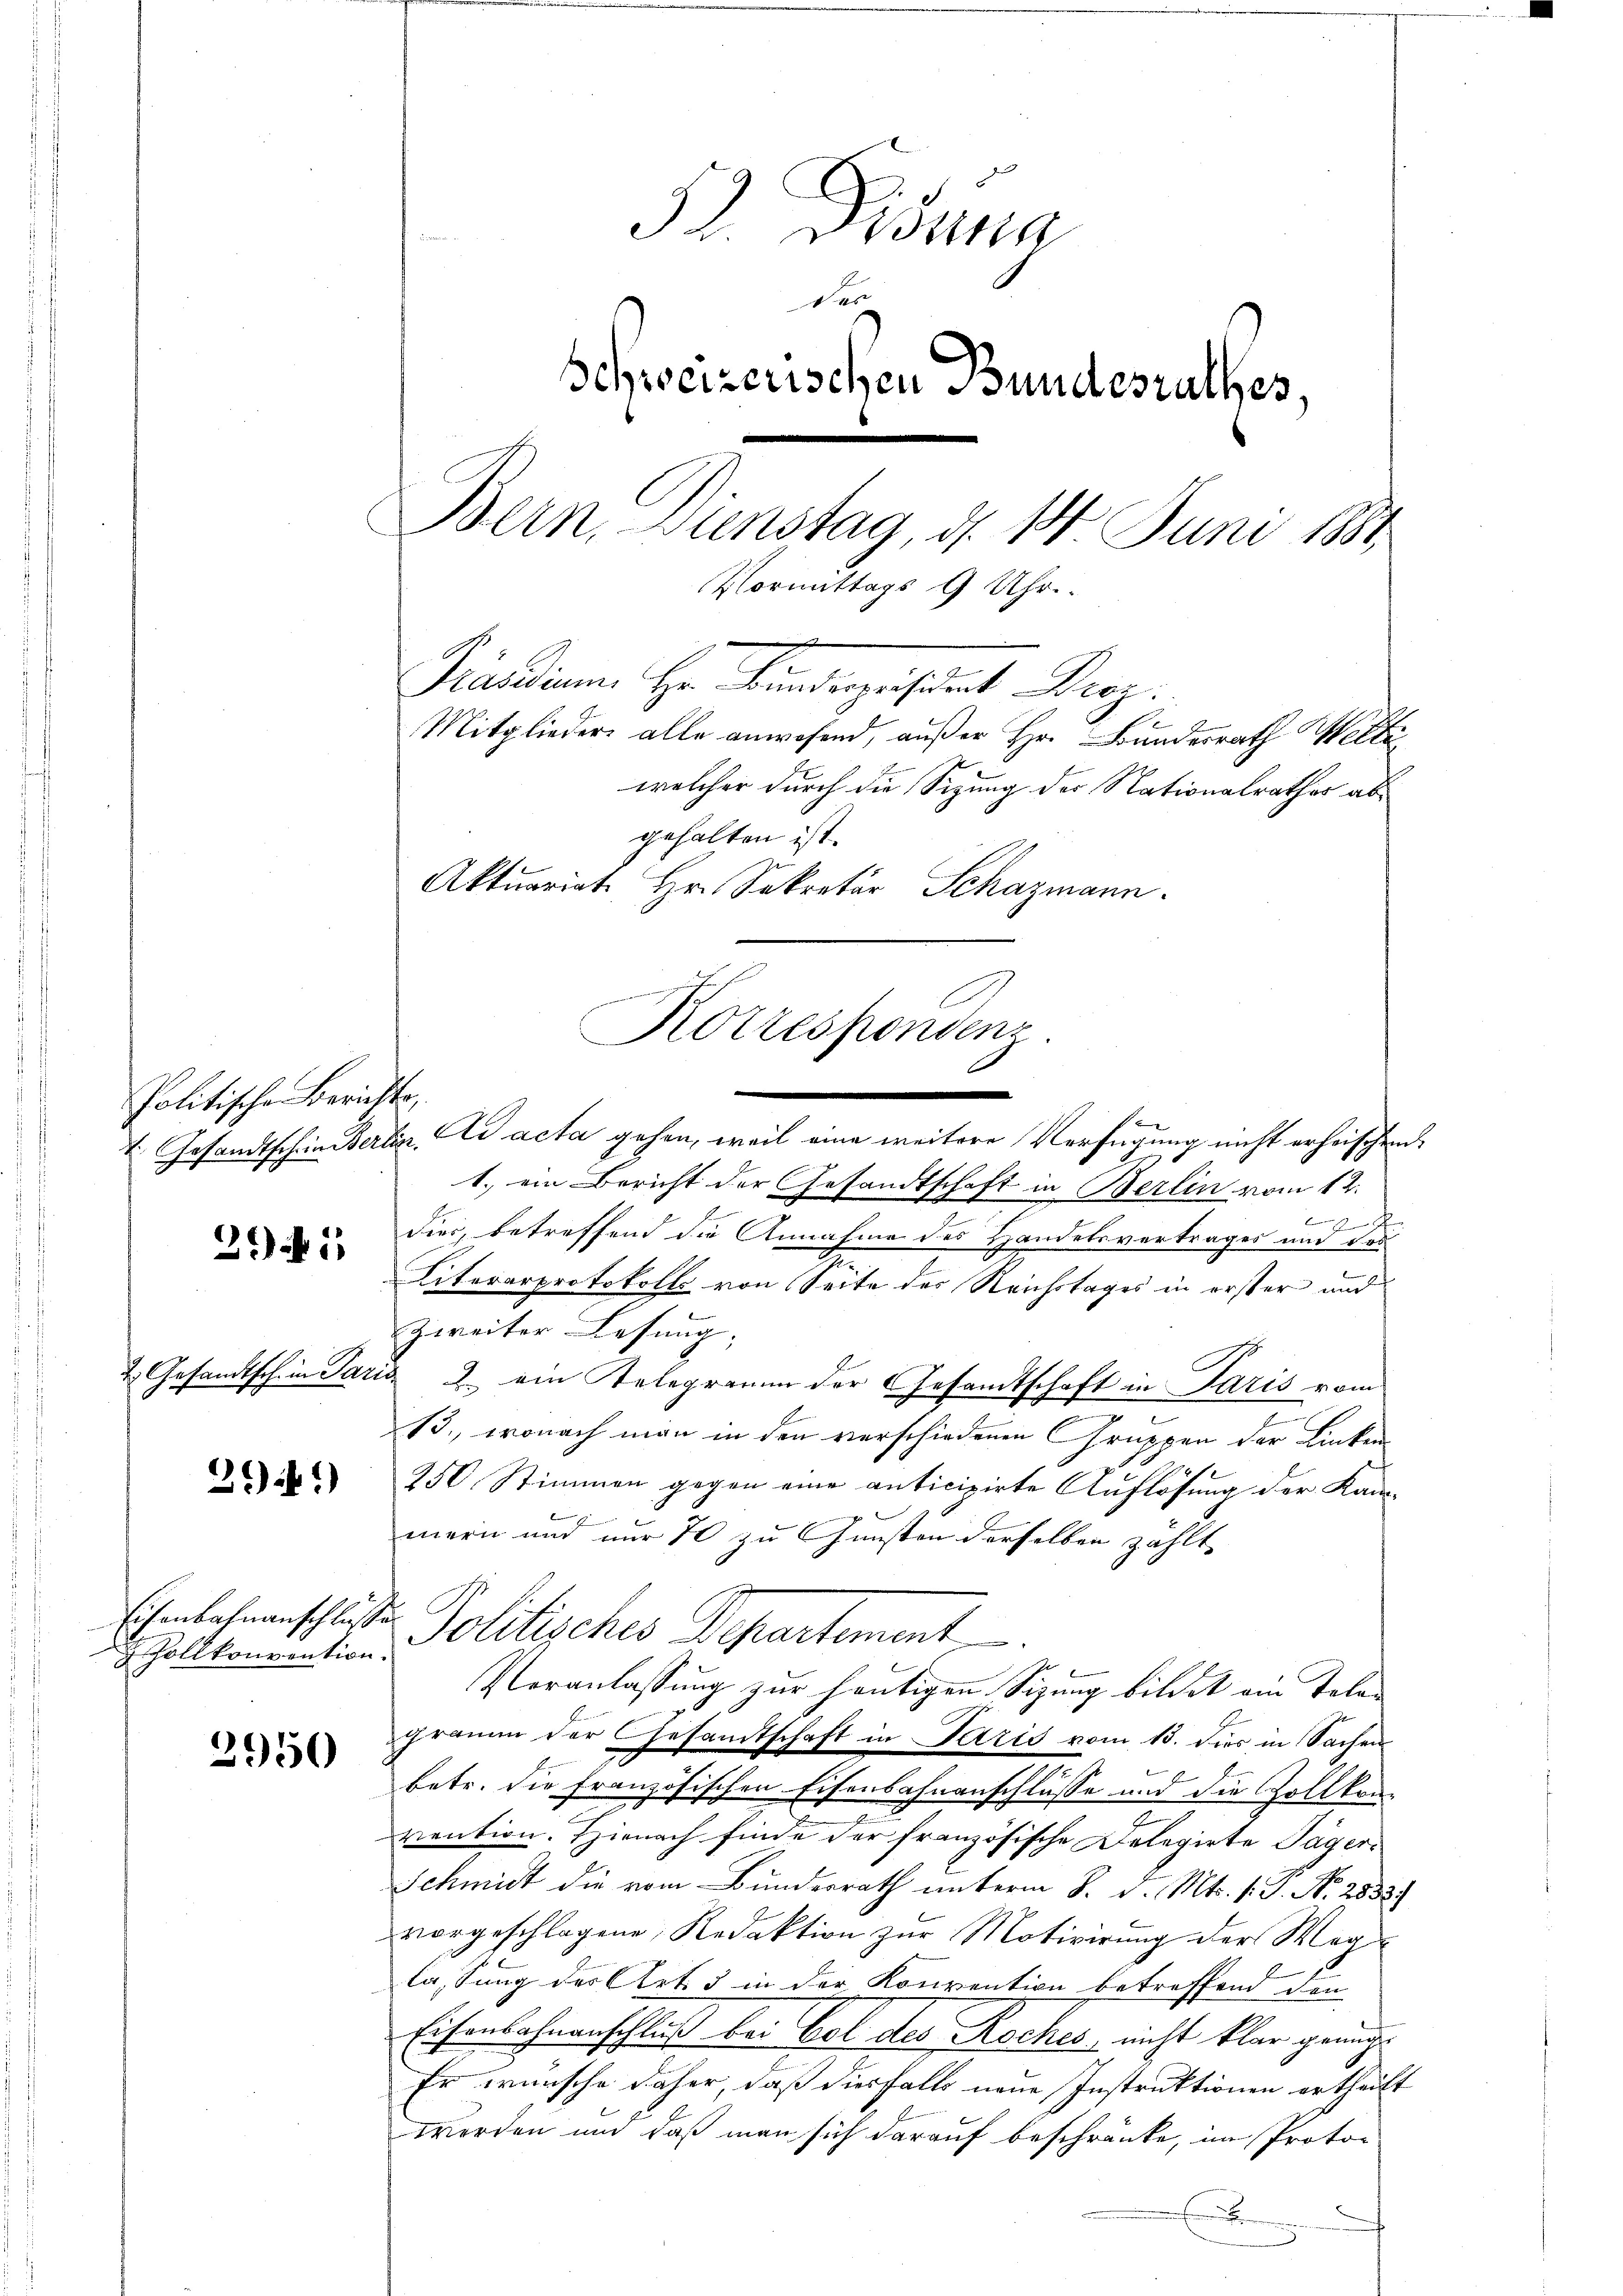
Politische Berichts,

34

261)

2950

ollkonvention.

Korrespondenz
.

52. Dionna
Der
Schweizerischen Bundesrathes,
Bern Dienstag, d. 14. Juni 1888.
Vormittags 9 Uhr.
Pensium. Hr. Kindegesent Proz.
Mitglieder alle anwesend, außer Hr. Bundesrath Wette
welcher durch die Sizung der Nationalrathes abgehalten ist.
Aktuariat Hr. Sekretär Schazmann.

t. Gesandtschein Berlin. Ad acta gehen, weil eine weitere Verfügung nicht erheischend
1.) ein Bericht der Gesandtschaft in Berlin vom 12.
2
J
dier, betreffend die Annahme des Handelsvertrages und dor¬
Literarprotokolls von Seite der Reichstages in erster und
zweiter Lesung, |
2. Gesandtschein Paria 2. ein Telegramm der Gesamtschaft in Paris vom
2
13., wonach man in den verschiedenen Gruppen der Linken
250. Stimmen gegen eine anticipirte Auflösung der Kam-

mern und nur 70 zu Gunsten derselben zählte
Veranlassung zur heutigen Sizung bildet ein Telegramm der Gesamtschaft in Paris vom 13. Dies in Sachen
betr. die Französischen Eisenbahnanschlusse und die Zollkom-
viention. Hienach finde der französische Delegirte Jägeri
Schmidt die vom Bundesrath unterm 8. d. Mts. v. J. No. 2833.
vorgeschlagene Redaktion zur Motivirung der Weglassung des Art. 3 in der Konvention betreffend den
Eisenbahnenschluß bei Gol des Rockes, nicht klar genüge
Er wünsche daher, daß diesfalls neue Instruktionen ertheilt
worden und daß man sich darauf beschränke, im Proto¬
E

Ehrbahnenschlusses Politisches Departement